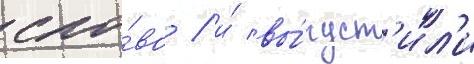
сло́во / и́ вы́пуст'ил'и